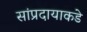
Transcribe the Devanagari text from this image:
सांप्रदायाकडे